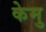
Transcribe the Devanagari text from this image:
केमु